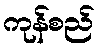
ကုန်စည်